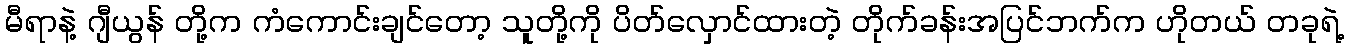
မီရာနဲ့ ဂျီယွန် တို့က ကံကောင်းချင်တော့ သူတို့ကို ပိတ်လှောင်ထားတဲ့ တိုက်ခန်းအပြင်ဘက်က ဟိုတယ် တခုရဲ့